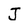
Character: J